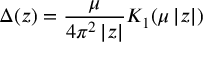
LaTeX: \Delta ( z ) = \frac { \mu } { 4 \pi ^ { 2 } \left| z \right| } K _ { 1 } ( \mu \left| z \right| )